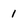
Character: 1